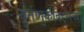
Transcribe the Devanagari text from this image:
वर्तणुकीबद्दलच्या